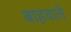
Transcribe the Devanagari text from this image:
बाहवाले